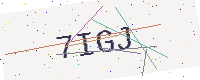
Text: 7IGJ